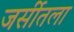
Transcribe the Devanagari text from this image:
जर्सीतला